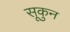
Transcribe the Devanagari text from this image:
सूकुन